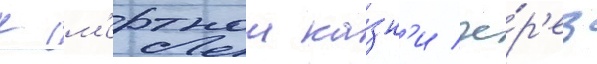
к см'ертнои ка́зн'и че́р'ез